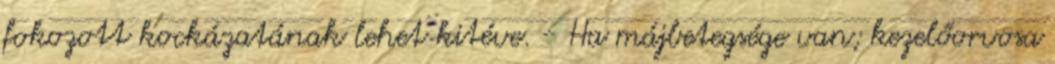
fokozott kockázatának lehet kitéve. - Ha májbetegsége van; kezelőorvosa